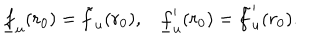
\underline { { { f } } } _ { u } ( r _ { 0 } ) = \tilde { f } _ { u } ( r _ { 0 } ) , \underline { { { f } } } _ { u } ^ { \prime } ( r _ { 0 } ) = \tilde { f } _ { u } ^ { \prime } ( r _ { 0 } ) .